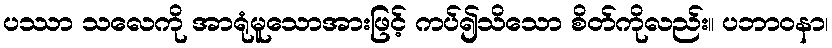
ပဿာ သလေကို အာရုံမူသောအားဖြင့် ကပ်၍သိသော စိတ်ကိုလည်း။ ပဘာဝနာ၊